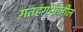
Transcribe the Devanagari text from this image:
गतहंगामातील